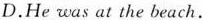
D.He was at the beach.